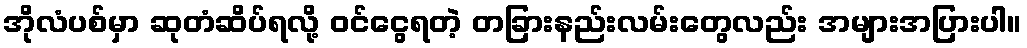
အိုလံပစ်မှာ ဆုတံဆိပ်ရလို့ ဝင်ငွေရတဲ့ တခြားနည်းလမ်းတွေလည်း အများအပြားပါ။